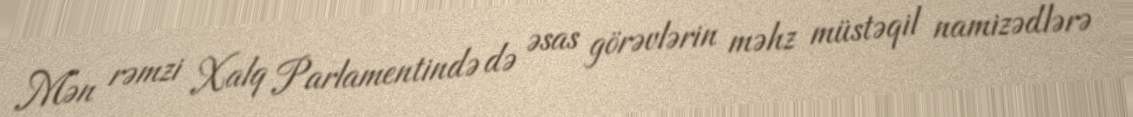
Mən rəmzi Xalq Parlamentində də əsas görəvlərin məhz müstəqil namizədlərə